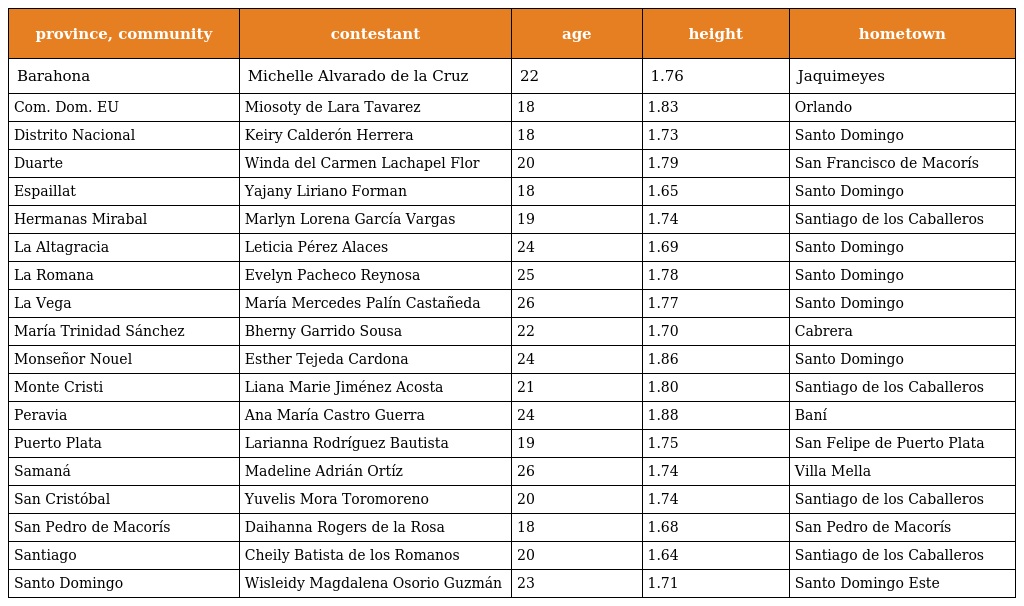
| province, community | contestant | age | height | hometown |
 | --- | --- | --- | --- | --- |
 | Barahona | Michelle Alvarado de la Cruz | 22 | 1.76 | Jaquimeyes |
 | Com. Dom. EU | Miosoty de Lara Tavarez | 18 | 1.83 | Orlando |
 | Distrito Nacional | Keiry Calderón Herrera | 18 | 1.73 | Santo Domingo |
 | Duarte | Winda del Carmen Lachapel Flor | 20 | 1.79 | San Francisco de Macorís |
 | Espaillat | Yajany Liriano Forman | 18 | 1.65 | Santo Domingo |
 | Hermanas Mirabal | Marlyn Lorena García Vargas | 19 | 1.74 | Santiago de los Caballeros |
 | La Altagracia | Leticia Pérez Alaces | 24 | 1.69 | Santo Domingo |
 | La Romana | Evelyn Pacheco Reynosa | 25 | 1.78 | Santo Domingo |
 | La Vega | María Mercedes Palín Castañeda | 26 | 1.77 | Santo Domingo |
 | María Trinidad Sánchez | Bherny Garrido Sousa | 22 | 1.70 | Cabrera |
 | Monseñor Nouel | Esther Tejeda Cardona | 24 | 1.86 | Santo Domingo |
 | Monte Cristi | Liana Marie Jiménez Acosta | 21 | 1.80 | Santiago de los Caballeros |
 | Peravia | Ana María Castro Guerra | 24 | 1.88 | Baní |
 | Puerto Plata | Larianna Rodríguez Bautista | 19 | 1.75 | San Felipe de Puerto Plata |
 | Samaná | Madeline Adrián Ortíz | 26 | 1.74 | Villa Mella |
 | San Cristóbal | Yuvelis Mora Toromoreno | 20 | 1.74 | Santiago de los Caballeros |
 | San Pedro de Macorís | Daihanna Rogers de la Rosa | 18 | 1.68 | San Pedro de Macorís |
 | Santiago | Cheily Batista de los Romanos | 20 | 1.64 | Santiago de los Caballeros |
 | Santo Domingo | Wisleidy Magdalena Osorio Guzmán | 23 | 1.71 | Santo Domingo Este |